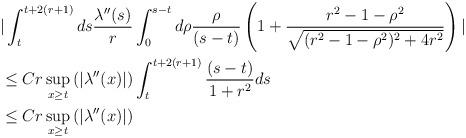
LaTeX: \begin{align*}&|\int_{t}^{t+2(r+1)}ds \frac{\lambda''(s)}{r} \int_{0}^{s-t}d\rho \frac{\rho}{(s-t)} \left(1+\frac{r^{2}-1-\rho^{2}}{\sqrt{(r^{2}-1-\rho^{2})^{2}+4r^{2}}}\right)|\\&\leq C r \sup_{x \geq t}\left(|\lambda''(x)|\right) \int_{t}^{t+2(r+1)} \frac{(s-t)}{1+r^{2}} ds\\&\leq C r \sup_{x \geq t}\left(|\lambda''(x)|\right)\end{align*}